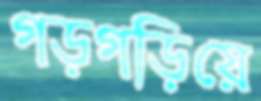
গড়গড়িয়ে